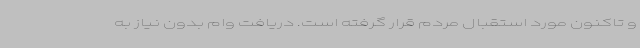
و تاکنون مورد استقبال مردم قرار گرفته است. دریافت وام بدون نیاز به